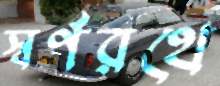
স্বর্ণরথে